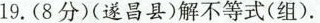
19.(8分)(遂昌县)解不等式(组)。